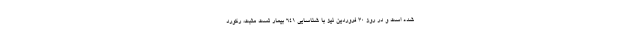
شده است و در روز 30 فروردین نیز با شناسایی ۶۴۱ بیمار تست مثبت، رکورد